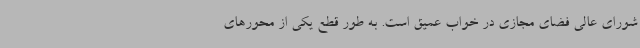
شورای عالی فضای مجازی در خواب عمیق است. به طور قطع یکی از محورهای